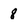
Character: 8